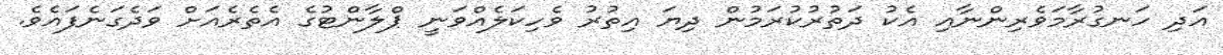
އަދި ހަނގުރާމަވެރިންނާއި އެކު ދަތުރުކުރަމުން ދިޔަ އިތުރު ވެހިކަލެއްވަނީ ޕްލާންޓުގެ އެތެރެއަށް ވަދެގަނެފައެވެ.